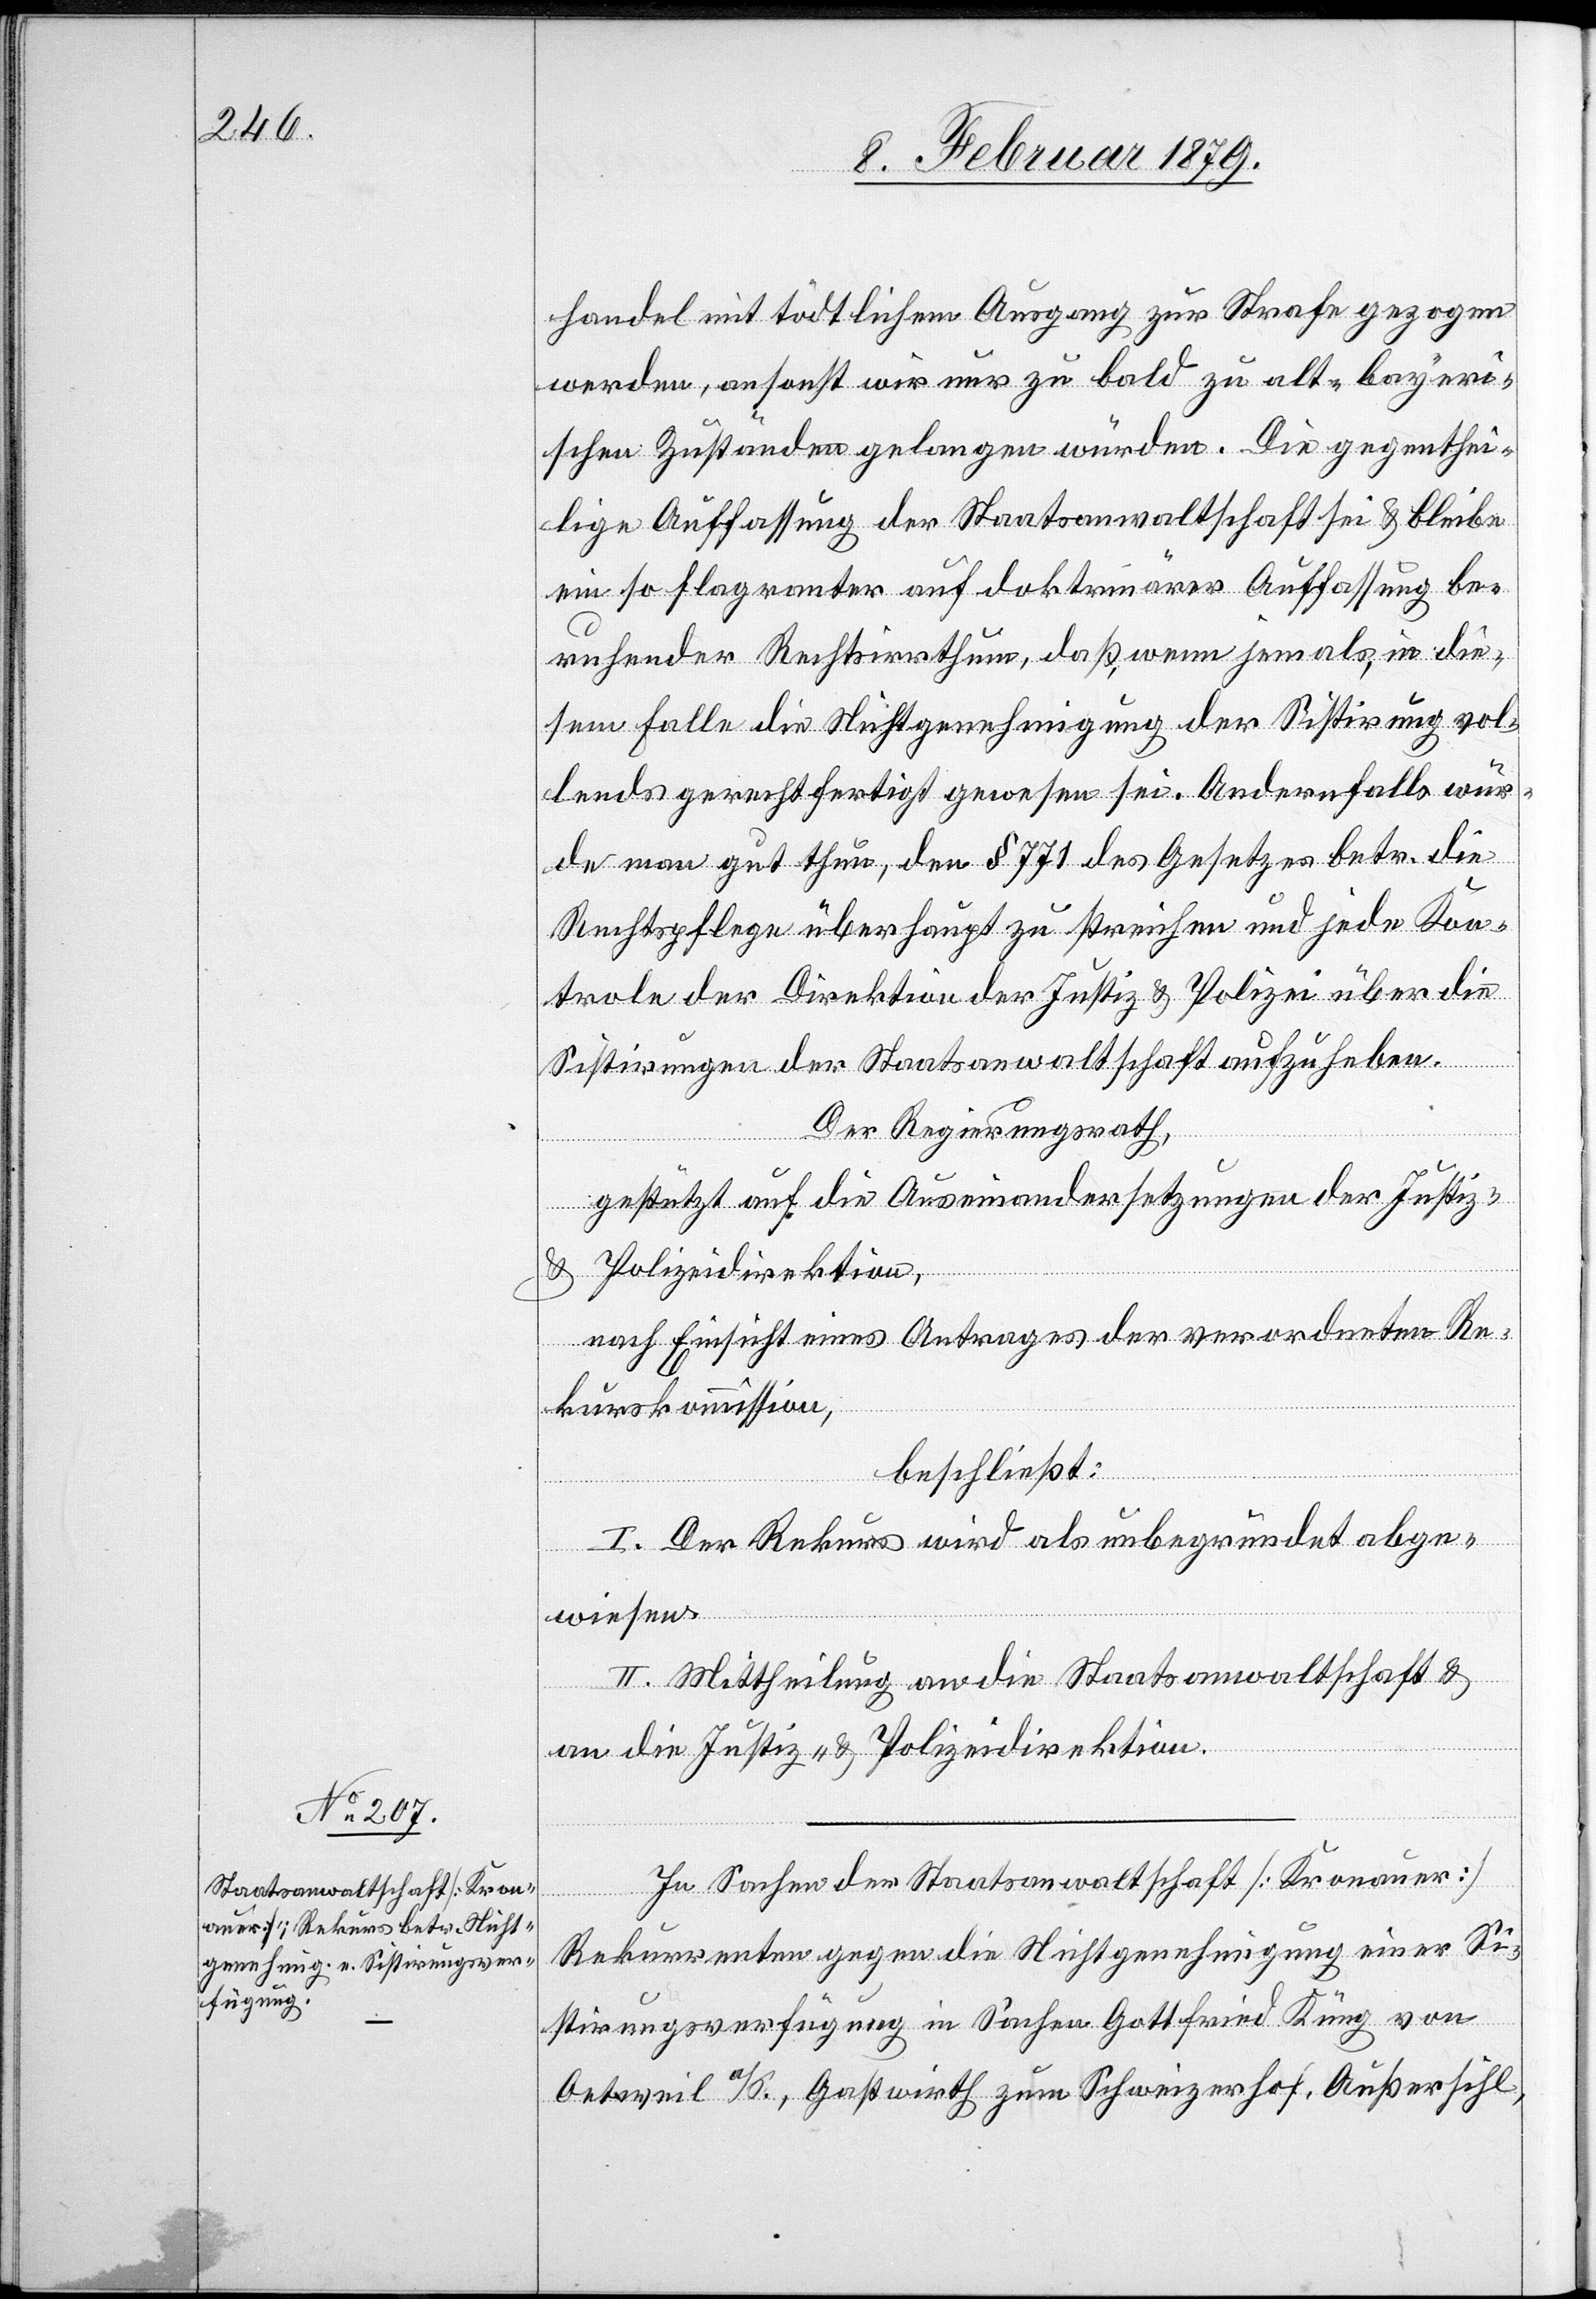
In Sachen der Staatsanwaltschaft [Kronauer]
Rekurrenten gegen die Nichtgenehmigung einer Si¬
stirungsverfügung in Sachen Gottfried Küng von
Oetweil a/S., Gastwirth zum Schweizerhof, Außersihl,